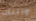
واتتك